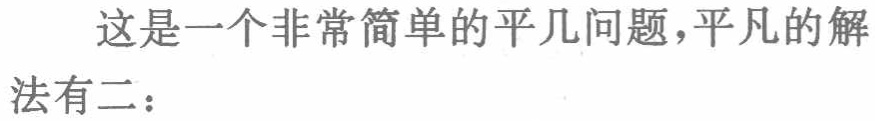
这是一个非常简单的平几问题，平凡的解法有二：